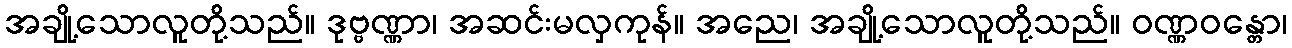
အချို့သောလူတို့သည်။ ဒုဗ္ဗဏ္ဏာ၊ အဆင်းမလှကုန်။ အညေ၊ အချို့သောလူတို့သည်။ ဝဏ္ဏဝန္တော၊